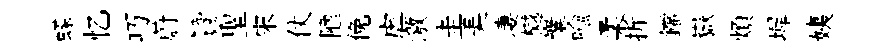
蝶忆巧蔚贊聖宋仗陋俛虐激圭美凄樾嶪喩柔折鐺嶽煩墀姨